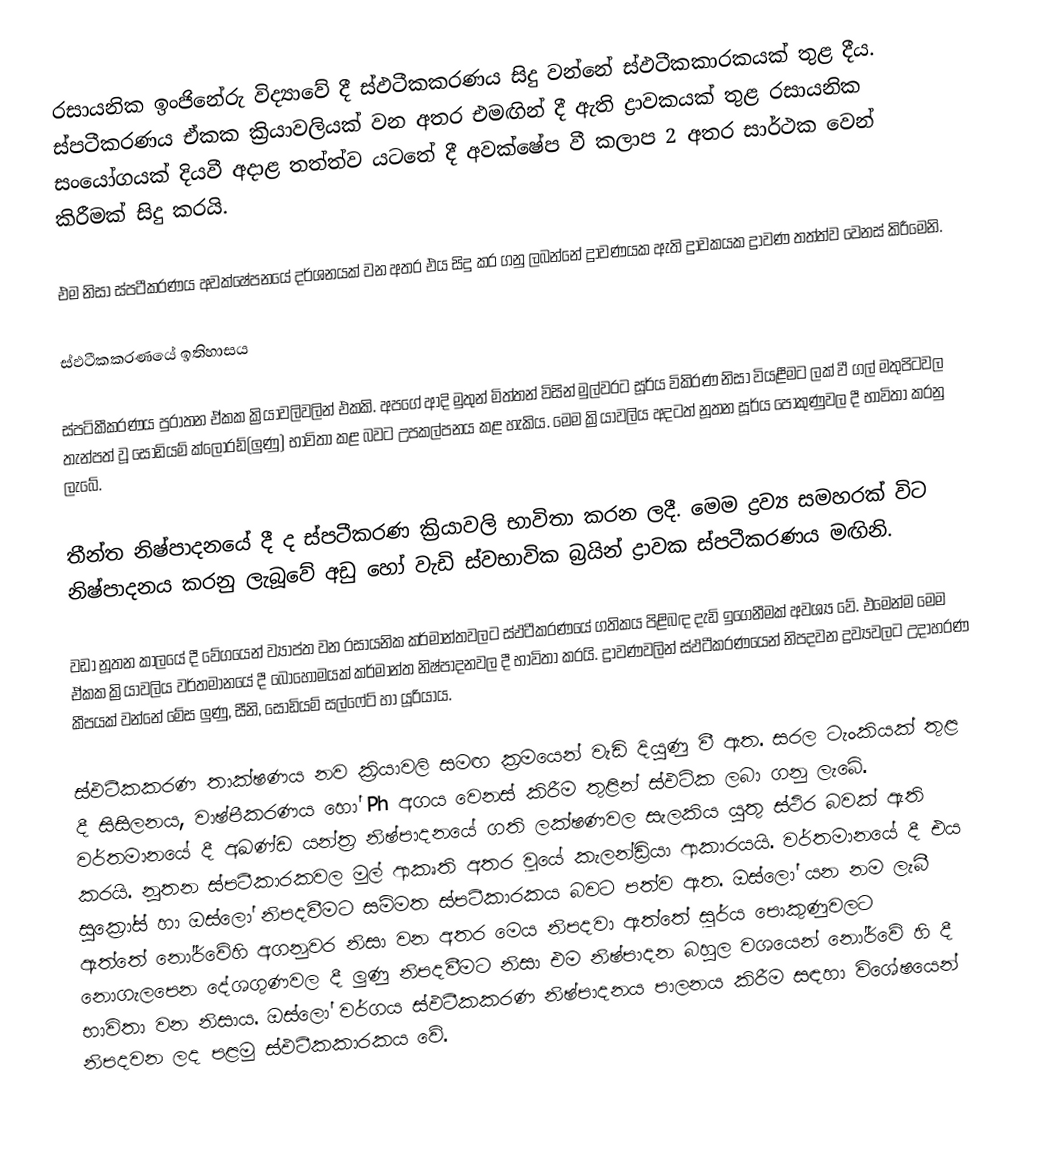
රසායනික ඉංජිනේරු විද්‍යාවේ දී ස්ඵටීකකරණය සිදු වන්නේ ස්ඵටීකකාරකයක් තුළ දීය. ස්පටීකරණය ඒකක ක්‍රියාවලියක් වන අතර එමඟින් දී ඇති ද්‍රාවකයක් තුළ රසායනික සංයෝගයක් දියවී අදාළ තත්ත්ව යටතේ දී අවක්ෂේප වී කලාප 2 අතර සාර්ථක වෙන් කිරීමක් සිදු කරයි.

එම නිසා ස්පටීකරණය අවක්ෂේපනයේ දර්ශනයක් වන අතර එය සිදු කර ගනු ලබන්නේ ද්‍රාවණයක ඇති ද්‍රාවකයක ද්‍රාවණ තත්ත්ව වෙනස් කිරීමෙනි.

ස්ඵටීකකරණයේ ඉතිහාසය

ස්පටිකීකරණය පුරාතන ඒකක ක්‍රියාවලිවලින් එකකි. අපගේ ආදි මුතුන් මිත්තන් විසින් මුල්වරට සූර්ය විකිරණ නිසා වියළීමට ලක් වී ගල් මතුපිටවල තැන්පත් වූ සෝඩියම් ක්ලෝරඩ්(ලුණු) භාවිතා කළ බවට උපකල්පනය කළ හැකිය. මෙම ක්‍රියාවලිය අදටත් නූතන සූර්ය පොකුණුවල දී භාවිතා කරනු ලැබේ.

තීන්ත නිෂ්පාදනයේ දී ද ස්පටීකරණ ක්‍රියාවලි භාවිතා කරන ලදී. මෙම ද්‍රව්‍ය සමහරක් විට නිෂ්පාදනය කරනු ලැබූවේ අඩු හෝ වැඩි ස්වභාවික බ්‍රයින් ද්‍රාවක ස්පටීකරණය මඟිනි.

වඩා නූතන කාලයේ දී වේගයෙන් ව්‍යාප්ත වන රසායනික කර්මාන්තවලට ස්ඵටීකරණයේ ගතිකය පිළිබඳ දැඩි ඉගෙනීමක් අවශ්‍ය වේ. එමෙන්ම මෙම ඒකක ක්‍රියාවලිය වර්තමානයේ දී බොහොමයක් කර්මාන්ත නිෂ්පාදනවල දී භාවිතා කරයි. ද්‍රාවණවලින් ස්ඵටීකරණයෙන් නිපදවන ද්‍රව්‍යවලට උදාහරණ කීපයක් වන්නේ මේස ලුණු, සීනි, සෝඩියම් සල්ෆේට් හා යූරියාය.

ස්ඵටීකකරණ තාක්ෂණය නව ක්‍රියාවලි සමඟ ක්‍රමයෙන් වැඩි දියුණු වී ඇත. සරල ටැංකියක් තුළ දී සිසිලනය, වාෂ්පීකරණය හෝ Ph අගය වෙනස් කිරීම තුළින් ස්ඵටික ලබා ගනු ලැබේ. වර්තමානයේ දී අඛණ්ඩ යන්ත්‍ර නිෂ්පාදනයේ ගති ලක්ෂණවල සැලකිය යුතු ස්ථිර බවක් ඇති කරයි. නූතන ස්පටීකාරකවල මුල් ආකෘති අතර වූයේ කැලන්ඩ්‍රියා ආකාරයයි. වර්තමානයේ දී එය සුක්‍රෝස් හා ඔස්ලෝ නිපදවීමට සම්මත ස්පටීකාරකය බවට පත්ව ඇත. ඔස්ලෝ යන නම ලැබී ඇත්තේ නෝර්වේහි අගනුවර නිසා වන අතර මෙය නිපදවා ඇත්තේ සූර්ය පොකුණුවලට නොගැලපෙන දේශගුණවල දී ලුණු නිපදවීමට නිසා එම නිෂ්පාදන බහුල වශයෙන් නෝර්වේ හි දී භාවිතා වන නිසාය. ඔස්ලෝ වර්ගය ස්ඵටීකකරණ නිෂ්පාදනය පාලනය කිරීම සඳහා විශේෂයෙන් නිපදවන ලද පළමු ස්ඵටීකකාරකය වේ.